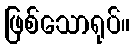
ဖြစ်သောရုပ်။